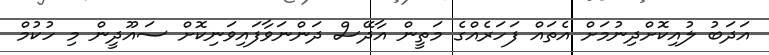
އަދަބު ލުއިކޮށްދިނުމަށް އެތައް ފަހަރެއްގެ މަތީން އާދޭސް ދަންނަވާފައިވަނިކޮށް ސައޫދީން މި ހުކުމް